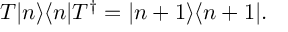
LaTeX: T | n \rangle \langle n | T ^ { \dagger } = | n + 1 \rangle \langle n + 1 | .